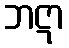
ဘဋာ